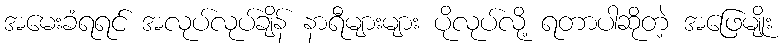
အမေးခံရရင် အလုပ်လုပ်ချိန် နာရီများများ ပိုလုပ်လို့ ရတာပါဆိုတဲ့ အဖြေမျိုး